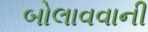
બોલાવવાની